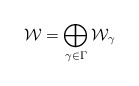
\begin{align*} \mathcal{W}_{}=\bigoplus_{\gamma\in \Gamma} \mathcal{W}_{\gamma} \end{align*}